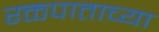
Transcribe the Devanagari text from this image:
रक्तपाताच्या